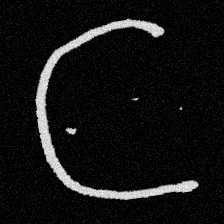
Pyu character \u2014 Myanmar letter: ဋ (romanized: tta)